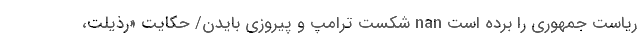
ریاست جمهوری را برده است nan شکست ترامپ و پیروزی بایدن/ حکایتِ «رذیلت،